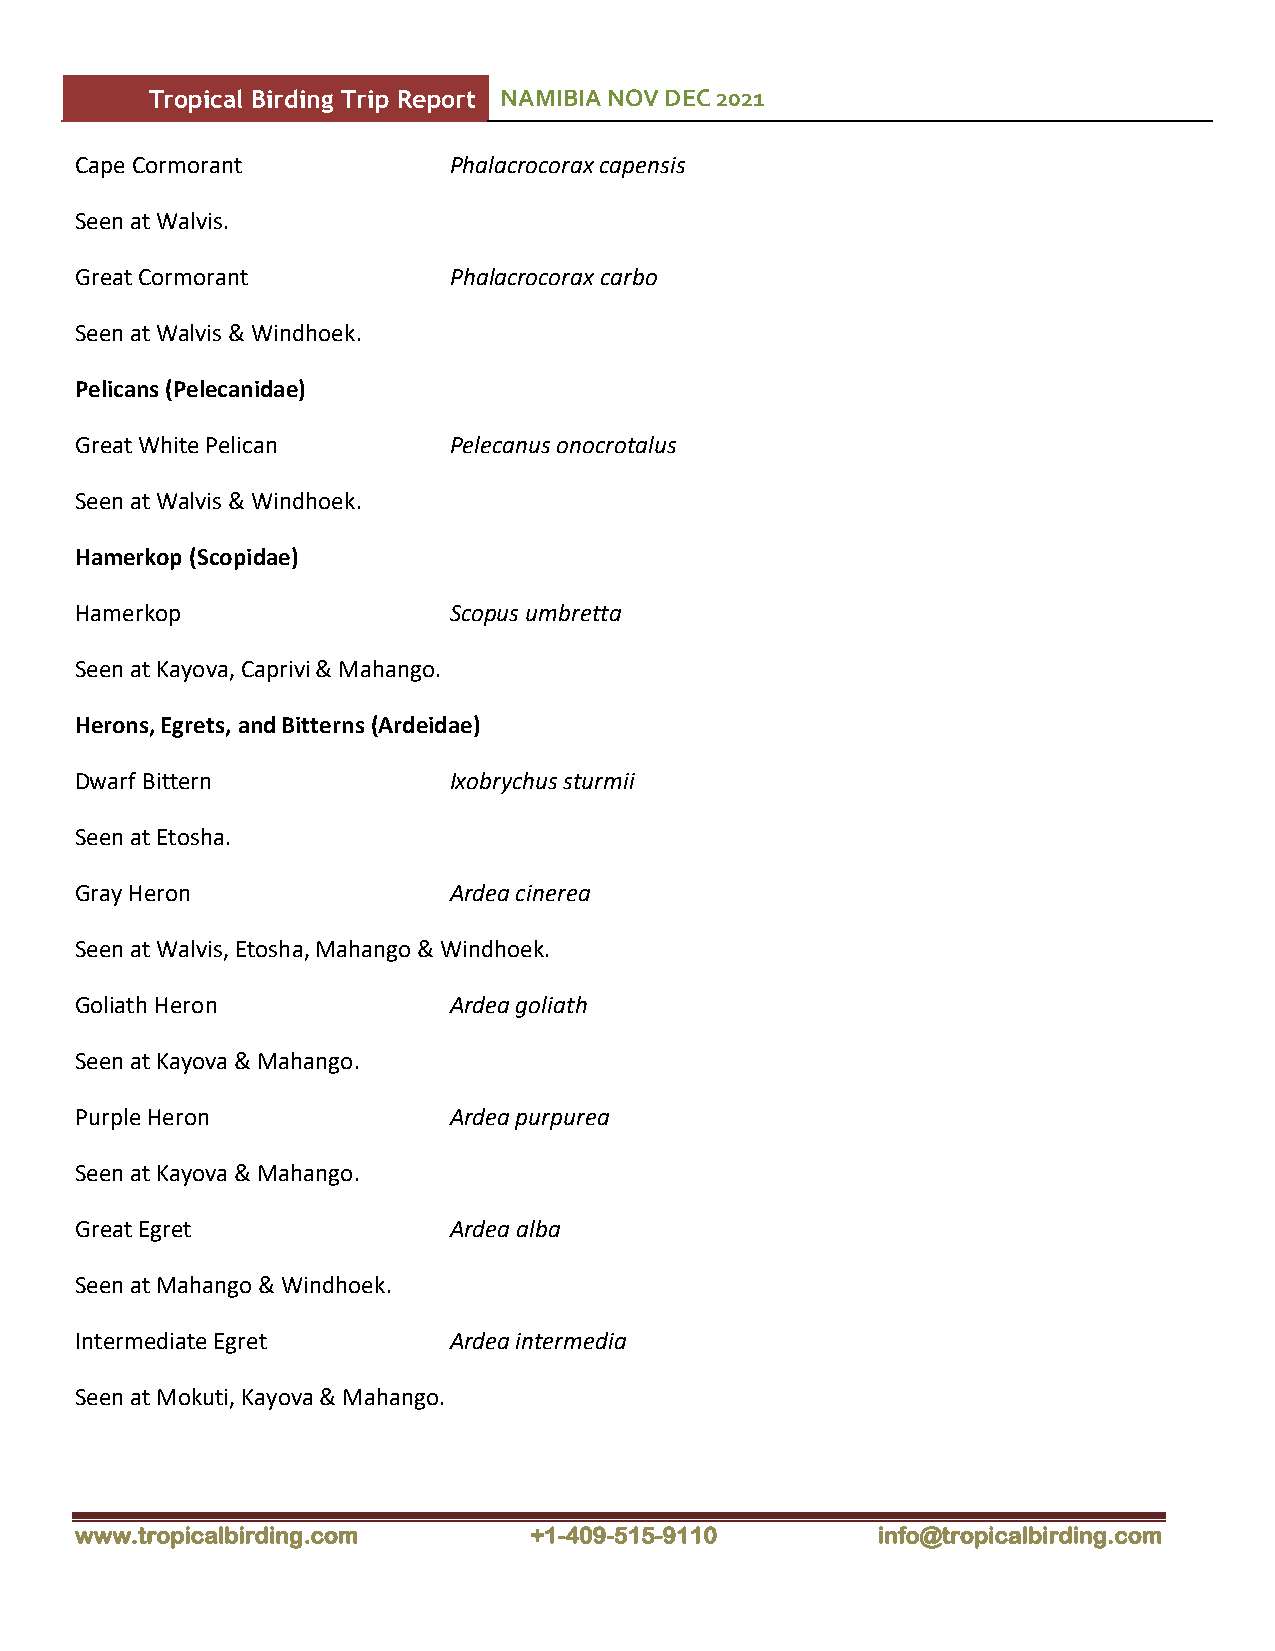
Tropical Birding Trip Report NAMIBIA NOV DEC 2021
 Cape Cormorant           Phalacrocorax capensis
 Seen at Walvis.
 Great Cormorant          Phalacrocorax carbo
 Seen at Walvis & Windhoek.
 Pelicans (Pelecanidae)
 Great White Pelican      Pelecanus onocrotalus
 Seen at Walvis & Windhoek.
 Hamerkop (Scopidae)
 Hamerkop                 Scopus umbretta
 Seen at Kayova, Caprivi & Mahango.
 Herons, Egrets, and Bitterns (Ardeidae)
 Dwarf Bittern            Ixobrychus sturmii
 Seen at Etosha.
 Gray Heron               Ardea cinerea
 Seen at Walvis, Etosha, Mahango & Windhoek.
 Goliath Heron            Ardea goliath
 Seen at Kayova & Mahango.
 Purple Heron             Ardea purpurea
 Seen at Kayova & Mahango.
 Great Egret              Ardea alba
 Seen at Mahango & Windhoek.
 Intermediate Egret       Ardea intermedia
 Seen at Mokuti, Kayova & Mahango.
 www.tropicalbirding.com       +1-409-515-9110        info@tropicalbirding.com